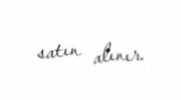
satın alınır.